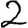
Digit: 2